Sketch of the medical history of the native army of Bombay, for the year
Year: 1870
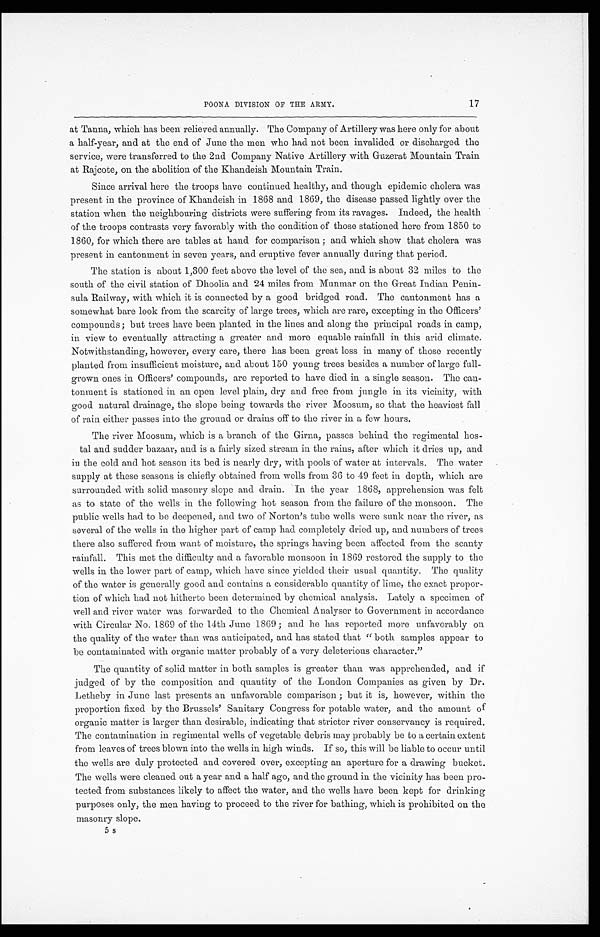
17
POONA DIVISION OF THE ARMY.
at Tanna, which has been relieved annually. The Company of Artillery was here only for about
a half-year, and at the end of June the men who had not been invalided or discharged the
service, were transferred to the 2nd Company Native Artillery with Guzerat Mountain Train
at Rajcote, on the abolition of the Khandeish Mountain Train.
Since arrival here the troops have continued healthy, and though epidemic cholera was
present in the province of Khandeish in 1868 and 1869, the disease passed lightly over the
station when the neighbouring districts were suffering from its ravages. Indeed, the health
of the troops contrasts very favorably with the condition of those stationed here from 1850 to
1860, for which there are tables at hand for comparison; and which show that cholera was
present in cantonment in seven years, and eruptive fever annually daring that period.
The station is about 1,300 feet above the level of the sea, and is about 32 miles to the
south of the civil station of Dhoolia and 24 miles from Munmar on the Great Indian Penin
-sula Railway, with which it is connected by a good bridged road. The cantonment has a
somewhat bare look from the scarcity of large trees, which are rare, excepting in the Officers'
compounds; but trees have been planted in the lines and along the principal roads in camp,
in view to eventually attracting a greater and more equable rainfall in this arid climate.
Notwithstanding, however, every care, there has been great loss in many of those recently
planted from insufficient moisture, and about 150 young trees besides a number of large full
-grown ones in Officers' compounds, are reported to have died in a single season. The can
-tonment is stationed in an open level plain, dry and free from jungle in its vicinity, with
good natural drainage, the slope being towards the river Moosum, so that the heaviest fall
of rain either passes into the ground or drains off to the river in a few hours.
The river Moosum, which is a branch of the Girna, passes behind the regimental hos
- t a l a n d s u d d e r b a z a a r , a n d i s a f a i r l y s i z e d s t r e a m i n t h e r a i n s , a f t e r w h i c h i t d r i e s u p , a n d
in the cold and hot season its bed is nearly dry, with pools of water at intervals. The water
supply at these seasons is chiefly obtained from wells from 36 to 49 feet in depth, which are
surrounded with solid masonry slope and drain. In the year 1868, apprehension was felt
as to state of the wells in the following hot season from the failure of the monsoon. The
public wells had to be deepened, and two of Norton's tube wells were sunk near the river, as
several of the wells in the higher part of camp had completely dried up, and numbers of trees
there also suffered from want of moisture, the springs having been affected from the scanty
rainfall. This met the difficulty and a favorable monsoon in 1869 restored the supply to the
wells in the lower part of camp, which have since yielded their usual quantity. The quality
of the water is generally good and contains a considerable quantity of lime, the exact propor
- t i o n o f w h i c h h a d n o t h i t h e r t o b e e n d e t e r m i n e d b y c h e m i c a l a n a l y s i s . L a t e l y a s p e c i m e n o f
well and river water was forwarded to the Chemical Analyser to Government in accordance
with Circular No. 1869 of the 14th June 1869; and he has reported more unfavorably on
the quality of the water than was anticipated, and has stated that "both samples appear to
be contaminated with organic matter probably of a very deleterious character."
The quantity of solid matter in both samples is greater than was apprehended, and if
judged of by the composition and quantity of the London Companies as given by Dr.
Letheby in June last presents an unfavorable comparison; but it is, however, within the
proportion fixed by the Brussels' Sanitary Congress for potable water, and the amount of
organic matter is larger than desirable, indicating that stricter river conservancy is required.
The contamination in regimental wells of vegetable debris may probably be to a certain extent
from leaves of trees blown into the wells in high winds. If so, this will be liable to occur until
the wells are duly protected and covered over, excepting an aperture for a drawing bucket.
The wells were cleaned out a year and a half ago, and the ground in the vicinity has been pro
-tected from substances likely to affect the water, and the wells have been kept for drinking
purposes only, the men having to proceed to the river for bathing, which is prohibited on the
masonry slope.
5 s